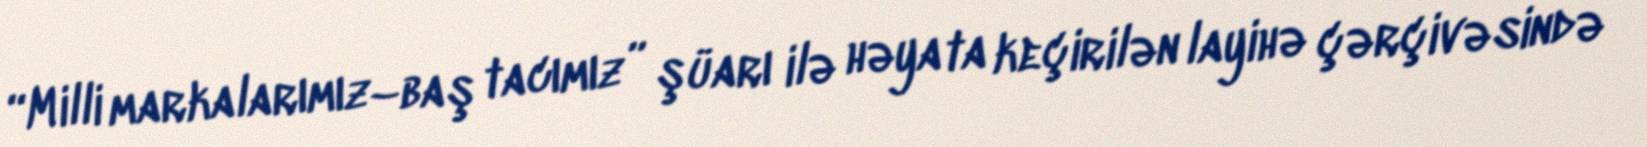
“Milli markalarımız–baş tacımız” şüarı ilə həyata keçirilən layihə çərçivəsində